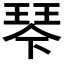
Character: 𰢆